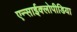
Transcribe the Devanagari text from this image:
एन्साईक्लोपीडिया